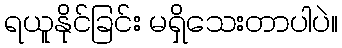
ရယူနိုင်ခြင်း မရှိသေးတာပါပဲ။